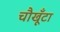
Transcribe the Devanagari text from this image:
चौखूँटा